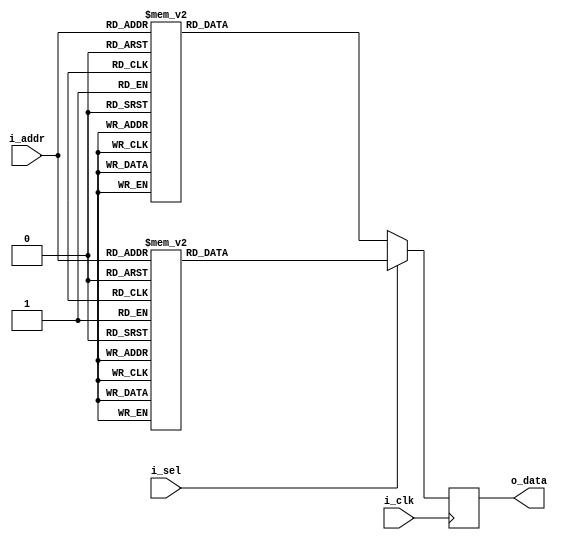
/*  
Copyright 2019 XCrypt Studio                
																	 
Licensed under the Apache License, Version 2.0 (the "License");         
you may not use this file except in compliance with the License.        
You may obtain a copy of the License at                                 
																	 
 http://www.apache.org/licenses/LICENSE-2.0                          
																	 
Unless required by applicable law or agreed to in writing, software    
distributed under the License is distributed on an "AS IS" BASIS,       
WITHOUT WARRANTIES OR CONDITIONS OF ANY KIND, either express or implied.
See the License for the specific language governing permissions and     
limitations under the License.                                          
*/  

// ------------------------------------------------------------------------------
// Function         :   CAST5 Cryptographic Algorithm Core SBox-1 & SBox-5
// ------------------------------------------------------------------------------
// Version            v-1.0
// ------------------------------------------------------------------------------

`timescale 1ns / 1ps

module cast5_sbox15(
	input 			i_clk,
	input 			i_sel, //1:SBox-1 0:SBox-5
    input   [7:0]   i_addr,
    output  [31:0]  o_data
    );
	
	localparam DLY = 1;
	
    reg [31:0] r_dout;
    assign o_data = r_dout;
	//
    always@(posedge i_clk) begin
		if(i_sel) begin //SBox-1
			case(i_addr)
				8'h00 : r_dout <= #DLY 32'h30fb40d4;
				8'h01 : r_dout <= #DLY 32'h9fa0ff0b;
				8'h02 : r_dout <= #DLY 32'h6beccd2f;
				8'h03 : r_dout <= #DLY 32'h3f258c7a;
				8'h04 : r_dout <= #DLY 32'h1e213f2f;
				8'h05 : r_dout <= #DLY 32'h9c004dd3;
				8'h06 : r_dout <= #DLY 32'h6003e540;
				8'h07 : r_dout <= #DLY 32'hcf9fc949;
				8'h08 : r_dout <= #DLY 32'hbfd4af27;
				8'h09 : r_dout <= #DLY 32'h88bbbdb5;
				8'h0a : r_dout <= #DLY 32'he2034090;
				8'h0b : r_dout <= #DLY 32'h98d09675;
				8'h0c : r_dout <= #DLY 32'h6e63a0e0;
				8'h0d : r_dout <= #DLY 32'h15c361d2;
				8'h0e : r_dout <= #DLY 32'hc2e7661d;
				8'h0f : r_dout <= #DLY 32'h22d4ff8e;
				8'h10 : r_dout <= #DLY 32'h28683b6f;
				8'h11 : r_dout <= #DLY 32'hc07fd059;
				8'h12 : r_dout <= #DLY 32'hff2379c8;
				8'h13 : r_dout <= #DLY 32'h775f50e2;
				8'h14 : r_dout <= #DLY 32'h43c340d3;
				8'h15 : r_dout <= #DLY 32'hdf2f8656;
				8'h16 : r_dout <= #DLY 32'h887ca41a;
				8'h17 : r_dout <= #DLY 32'ha2d2bd2d;
				8'h18 : r_dout <= #DLY 32'ha1c9e0d6;
				8'h19 : r_dout <= #DLY 32'h346c4819;
				8'h1a : r_dout <= #DLY 32'h61b76d87;
				8'h1b : r_dout <= #DLY 32'h22540f2f;
				8'h1c : r_dout <= #DLY 32'h2abe32e1;
				8'h1d : r_dout <= #DLY 32'haa54166b;
				8'h1e : r_dout <= #DLY 32'h22568e3a;
				8'h1f : r_dout <= #DLY 32'ha2d341d0;
				8'h20 : r_dout <= #DLY 32'h66db40c8;
				8'h21 : r_dout <= #DLY 32'ha784392f;
				8'h22 : r_dout <= #DLY 32'h004dff2f;
				8'h23 : r_dout <= #DLY 32'h2db9d2de;
				8'h24 : r_dout <= #DLY 32'h97943fac;
				8'h25 : r_dout <= #DLY 32'h4a97c1d8;
				8'h26 : r_dout <= #DLY 32'h527644b7;
				8'h27 : r_dout <= #DLY 32'hb5f437a7;
				8'h28 : r_dout <= #DLY 32'hb82cbaef;
				8'h29 : r_dout <= #DLY 32'hd751d159;
				8'h2a : r_dout <= #DLY 32'h6ff7f0ed;
				8'h2b : r_dout <= #DLY 32'h5a097a1f;
				8'h2c : r_dout <= #DLY 32'h827b68d0;
				8'h2d : r_dout <= #DLY 32'h90ecf52e;
				8'h2e : r_dout <= #DLY 32'h22b0c054;
				8'h2f : r_dout <= #DLY 32'hbc8e5935;
				8'h30 : r_dout <= #DLY 32'h4b6d2f7f;
				8'h31 : r_dout <= #DLY 32'h50bb64a2;
				8'h32 : r_dout <= #DLY 32'hd2664910;
				8'h33 : r_dout <= #DLY 32'hbee5812d;
				8'h34 : r_dout <= #DLY 32'hb7332290;
				8'h35 : r_dout <= #DLY 32'he93b159f;
				8'h36 : r_dout <= #DLY 32'hb48ee411;
				8'h37 : r_dout <= #DLY 32'h4bff345d;
				8'h38 : r_dout <= #DLY 32'hfd45c240;
				8'h39 : r_dout <= #DLY 32'had31973f;
				8'h3a : r_dout <= #DLY 32'hc4f6d02e;
				8'h3b : r_dout <= #DLY 32'h55fc8165;
				8'h3c : r_dout <= #DLY 32'hd5b1caad;
				8'h3d : r_dout <= #DLY 32'ha1ac2dae;
				8'h3e : r_dout <= #DLY 32'ha2d4b76d;
				8'h3f : r_dout <= #DLY 32'hc19b0c50;
				8'h40 : r_dout <= #DLY 32'h882240f2;
				8'h41 : r_dout <= #DLY 32'h0c6e4f38;
				8'h42 : r_dout <= #DLY 32'ha4e4bfd7;
				8'h43 : r_dout <= #DLY 32'h4f5ba272;
				8'h44 : r_dout <= #DLY 32'h564c1d2f;
				8'h45 : r_dout <= #DLY 32'hc59c5319;
				8'h46 : r_dout <= #DLY 32'hb949e354;
				8'h47 : r_dout <= #DLY 32'hb04669fe;
				8'h48 : r_dout <= #DLY 32'hb1b6ab8a;
				8'h49 : r_dout <= #DLY 32'hc71358dd;
				8'h4a : r_dout <= #DLY 32'h6385c545;
				8'h4b : r_dout <= #DLY 32'h110f935d;
				8'h4c : r_dout <= #DLY 32'h57538ad5;
				8'h4d : r_dout <= #DLY 32'h6a390493;
				8'h4e : r_dout <= #DLY 32'he63d37e0;
				8'h4f : r_dout <= #DLY 32'h2a54f6b3;
				8'h50 : r_dout <= #DLY 32'h3a787d5f;
				8'h51 : r_dout <= #DLY 32'h6276a0b5;
				8'h52 : r_dout <= #DLY 32'h19a6fcdf;
				8'h53 : r_dout <= #DLY 32'h7a42206a;
				8'h54 : r_dout <= #DLY 32'h29f9d4d5;
				8'h55 : r_dout <= #DLY 32'hf61b1891;
				8'h56 : r_dout <= #DLY 32'hbb72275e;
				8'h57 : r_dout <= #DLY 32'haa508167;
				8'h58 : r_dout <= #DLY 32'h38901091;
				8'h59 : r_dout <= #DLY 32'hc6b505eb;
				8'h5a : r_dout <= #DLY 32'h84c7cb8c;
				8'h5b : r_dout <= #DLY 32'h2ad75a0f;
				8'h5c : r_dout <= #DLY 32'h874a1427;
				8'h5d : r_dout <= #DLY 32'ha2d1936b;
				8'h5e : r_dout <= #DLY 32'h2ad286af;
				8'h5f : r_dout <= #DLY 32'haa56d291;
				8'h60 : r_dout <= #DLY 32'hd7894360;
				8'h61 : r_dout <= #DLY 32'h425c750d;
				8'h62 : r_dout <= #DLY 32'h93b39e26;
				8'h63 : r_dout <= #DLY 32'h187184c9;
				8'h64 : r_dout <= #DLY 32'h6c00b32d;
				8'h65 : r_dout <= #DLY 32'h73e2bb14;
				8'h66 : r_dout <= #DLY 32'ha0bebc3c;
				8'h67 : r_dout <= #DLY 32'h54623779;
				8'h68 : r_dout <= #DLY 32'h64459eab;
				8'h69 : r_dout <= #DLY 32'h3f328b82;
				8'h6a : r_dout <= #DLY 32'h7718cf82;
				8'h6b : r_dout <= #DLY 32'h59a2cea6;
				8'h6c : r_dout <= #DLY 32'h04ee002e;
				8'h6d : r_dout <= #DLY 32'h89fe78e6;
				8'h6e : r_dout <= #DLY 32'h3fab0950;
				8'h6f : r_dout <= #DLY 32'h325ff6c2;
				8'h70 : r_dout <= #DLY 32'h81383f05;
				8'h71 : r_dout <= #DLY 32'h6963c5c8;
				8'h72 : r_dout <= #DLY 32'h76cb5ad6;
				8'h73 : r_dout <= #DLY 32'hd49974c9;
				8'h74 : r_dout <= #DLY 32'hca180dcf;
				8'h75 : r_dout <= #DLY 32'h380782d5;
				8'h76 : r_dout <= #DLY 32'hc7fa5cf6;
				8'h77 : r_dout <= #DLY 32'h8ac31511;
				8'h78 : r_dout <= #DLY 32'h35e79e13;
				8'h79 : r_dout <= #DLY 32'h47da91d0;
				8'h7a : r_dout <= #DLY 32'hf40f9086;
				8'h7b : r_dout <= #DLY 32'ha7e2419e;
				8'h7c : r_dout <= #DLY 32'h31366241;
				8'h7d : r_dout <= #DLY 32'h51ef495;
				8'h7e : r_dout <= #DLY 32'haa573b04;
				8'h7f : r_dout <= #DLY 32'h4a805d8d;
				8'h80 : r_dout <= #DLY 32'h548300d0;
				8'h81 : r_dout <= #DLY 32'h00322a3c;
				8'h82 : r_dout <= #DLY 32'hbf64cddf;
				8'h83 : r_dout <= #DLY 32'hba57a68e;
				8'h84 : r_dout <= #DLY 32'h75c6372b;
				8'h85 : r_dout <= #DLY 32'h50afd341;
				8'h86 : r_dout <= #DLY 32'ha7c13275;
				8'h87 : r_dout <= #DLY 32'h915a0bf5;
				8'h88 : r_dout <= #DLY 32'h6b54bfab;
				8'h89 : r_dout <= #DLY 32'h2b0b1426;
				8'h8a : r_dout <= #DLY 32'hab4cc9d7;
				8'h8b : r_dout <= #DLY 32'h449ccd82;
				8'h8c : r_dout <= #DLY 32'hf7fbf265;
				8'h8d : r_dout <= #DLY 32'hab85c5f3;
				8'h8e : r_dout <= #DLY 32'h1b55db94;
				8'h8f : r_dout <= #DLY 32'haad4e324;
				8'h90 : r_dout <= #DLY 32'hcfa4bd3f;
				8'h91 : r_dout <= #DLY 32'h2deaa3e2;
				8'h92 : r_dout <= #DLY 32'h9e204d02;
				8'h93 : r_dout <= #DLY 32'hc8bd25ac;
				8'h94 : r_dout <= #DLY 32'headf55b3;
				8'h95 : r_dout <= #DLY 32'hd5bd9e98;
				8'h96 : r_dout <= #DLY 32'he31231b2;
				8'h97 : r_dout <= #DLY 32'h2ad5ad6c;
				8'h98 : r_dout <= #DLY 32'h954329de;
				8'h99 : r_dout <= #DLY 32'hadbe4528;
				8'h9a : r_dout <= #DLY 32'hd8710f69;
				8'h9b : r_dout <= #DLY 32'haa51c90f;
				8'h9c : r_dout <= #DLY 32'haa786bf6;
				8'h9d : r_dout <= #DLY 32'h22513f1e;
				8'h9e : r_dout <= #DLY 32'haa51a79b;
				8'h9f : r_dout <= #DLY 32'h2ad344cc;
				8'ha0 : r_dout <= #DLY 32'h7b5a41f0;
				8'ha1 : r_dout <= #DLY 32'hd37cfbad;
				8'ha2 : r_dout <= #DLY 32'h1b069505;
				8'ha3 : r_dout <= #DLY 32'h41ece491;
				8'ha4 : r_dout <= #DLY 32'hb4c332e6;
				8'ha5 : r_dout <= #DLY 32'h032268d4;
				8'ha6 : r_dout <= #DLY 32'hc9600acc;
				8'ha7 : r_dout <= #DLY 32'hce387e6d;
				8'ha8 : r_dout <= #DLY 32'hbf6bb16c;
				8'ha9 : r_dout <= #DLY 32'h6a70fb78;
				8'haa : r_dout <= #DLY 32'h0d03d9c9;
				8'hab : r_dout <= #DLY 32'hd4df39de;
				8'hac : r_dout <= #DLY 32'he01063da;
				8'had : r_dout <= #DLY 32'h4736f464;
				8'hae : r_dout <= #DLY 32'h5ad328d8;
				8'haf : r_dout <= #DLY 32'hb347cc96;
				8'hb0 : r_dout <= #DLY 32'h75bb0fc3;
				8'hb1 : r_dout <= #DLY 32'h98511bfb;
				8'hb2 : r_dout <= #DLY 32'h4ffbcc35;
				8'hb3 : r_dout <= #DLY 32'hb58bcf6a;
				8'hb4 : r_dout <= #DLY 32'he11f0abc;
				8'hb5 : r_dout <= #DLY 32'hbfc5fe4a;
				8'hb6 : r_dout <= #DLY 32'ha70aec10;
				8'hb7 : r_dout <= #DLY 32'hac39570a;
				8'hb8 : r_dout <= #DLY 32'h3f04442f;
				8'hb9 : r_dout <= #DLY 32'h6188b153;
				8'hba : r_dout <= #DLY 32'he0397a2e;
				8'hbb : r_dout <= #DLY 32'h5727cb79;
				8'hbc : r_dout <= #DLY 32'h9ceb418f;
				8'hbd : r_dout <= #DLY 32'h1cacd68d;
				8'hbe : r_dout <= #DLY 32'h2ad37c96;
				8'hbf : r_dout <= #DLY 32'h0175cb9d;
				8'hc0 : r_dout <= #DLY 32'hc69dff09;
				8'hc1 : r_dout <= #DLY 32'hc75b65f0;
				8'hc2 : r_dout <= #DLY 32'hd9db40d8;
				8'hc3 : r_dout <= #DLY 32'hec0e7779;
				8'hc4 : r_dout <= #DLY 32'h4744ead4;
				8'hc5 : r_dout <= #DLY 32'hb11c3274;
				8'hc6 : r_dout <= #DLY 32'hdd24cb9e;
				8'hc7 : r_dout <= #DLY 32'h7e1c54bd;
				8'hc8 : r_dout <= #DLY 32'hf01144f9;
				8'hc9 : r_dout <= #DLY 32'hd2240eb1;
				8'hca : r_dout <= #DLY 32'h9675b3fd;
				8'hcb : r_dout <= #DLY 32'ha3ac3755;
				8'hcc : r_dout <= #DLY 32'hd47c27af;
				8'hcd : r_dout <= #DLY 32'h51c85f4d;
				8'hce : r_dout <= #DLY 32'h56907596;
				8'hcf : r_dout <= #DLY 32'ha5bb15e6;
				8'hd0 : r_dout <= #DLY 32'h580304f0;
				8'hd1 : r_dout <= #DLY 32'hca042cf1;
				8'hd2 : r_dout <= #DLY 32'h011a37ea;
				8'hd3 : r_dout <= #DLY 32'h8dbfaadb;
				8'hd4 : r_dout <= #DLY 32'h35ba3e4a;
				8'hd5 : r_dout <= #DLY 32'h3526ffa0;
				8'hd6 : r_dout <= #DLY 32'hc37b4d09;
				8'hd7 : r_dout <= #DLY 32'hbc306ed9;
				8'hd8 : r_dout <= #DLY 32'h98a52666;
				8'hd9 : r_dout <= #DLY 32'h5648f725;
				8'hda : r_dout <= #DLY 32'hff5e569d;
				8'hdb : r_dout <= #DLY 32'h0ced63d0;
				8'hdc : r_dout <= #DLY 32'h7c63b2cf;
				8'hdd : r_dout <= #DLY 32'h700b45e1;
				8'hde : r_dout <= #DLY 32'hd5ea50f1;
				8'hdf : r_dout <= #DLY 32'h85a92872;
				8'he0 : r_dout <= #DLY 32'haf1fbda7;
				8'he1 : r_dout <= #DLY 32'hd4234870;
				8'he2 : r_dout <= #DLY 32'ha7870bf3;
				8'he3 : r_dout <= #DLY 32'h2d3b4d79;
				8'he4 : r_dout <= #DLY 32'h42e04198;
				8'he5 : r_dout <= #DLY 32'h0cd0ede7;
				8'he6 : r_dout <= #DLY 32'h26470db8;
				8'he7 : r_dout <= #DLY 32'hf881814c;
				8'he8 : r_dout <= #DLY 32'h474d6ad7;
				8'he9 : r_dout <= #DLY 32'h7c0c5e5c;
				8'hea : r_dout <= #DLY 32'hd1231959;
				8'heb : r_dout <= #DLY 32'h381b7298;
				8'hec : r_dout <= #DLY 32'hf5d2f4db;
				8'hed : r_dout <= #DLY 32'hab838653;
				8'hee : r_dout <= #DLY 32'h6e2f1e23;
				8'hef : r_dout <= #DLY 32'h83719c9e;
				8'hf0 : r_dout <= #DLY 32'hbd91e046;
				8'hf1 : r_dout <= #DLY 32'h9a56456e;
				8'hf2 : r_dout <= #DLY 32'hdc39200c;
				8'hf3 : r_dout <= #DLY 32'h20c8c571;
				8'hf4 : r_dout <= #DLY 32'h962bda1c;
				8'hf5 : r_dout <= #DLY 32'he1e696ff;
				8'hf6 : r_dout <= #DLY 32'hb141ab08;
				8'hf7 : r_dout <= #DLY 32'h7cca89b9;
				8'hf8 : r_dout <= #DLY 32'h1a69e783;
				8'hf9 : r_dout <= #DLY 32'h02cc4843;
				8'hfa : r_dout <= #DLY 32'ha2f7c579;
				8'hfb : r_dout <= #DLY 32'h429ef47d;
				8'hfc : r_dout <= #DLY 32'h427b169c;
				8'hfd : r_dout <= #DLY 32'h5ac9f049;
				8'hfe : r_dout <= #DLY 32'hdd8f0f00;
				8'hff : r_dout <= #DLY 32'h5c8165bf;
			endcase
		end else begin  //SBox-5
			case(i_addr)
				8'h00 : r_dout <= #DLY 32'h7ec90c04;
				8'h01 : r_dout <= #DLY 32'h2c6e74b9;
				8'h02 : r_dout <= #DLY 32'h9b0e66df;
				8'h03 : r_dout <= #DLY 32'ha6337911;
				8'h04 : r_dout <= #DLY 32'hb86a7fff;
				8'h05 : r_dout <= #DLY 32'h1dd358f5;
				8'h06 : r_dout <= #DLY 32'h44dd9d44;
				8'h07 : r_dout <= #DLY 32'h1731167f;
				8'h08 : r_dout <= #DLY 32'h08fbf1fa;
				8'h09 : r_dout <= #DLY 32'he7f511cc;
				8'h0a : r_dout <= #DLY 32'hd2051b00;
				8'h0b : r_dout <= #DLY 32'h735aba00;
				8'h0c : r_dout <= #DLY 32'h2ab722d8;
				8'h0d : r_dout <= #DLY 32'h386381cb;
				8'h0e : r_dout <= #DLY 32'hacf6243a;
				8'h0f : r_dout <= #DLY 32'h69befd7a;
				8'h10 : r_dout <= #DLY 32'he6a2e77f;
				8'h11 : r_dout <= #DLY 32'hf0c720cd;
				8'h12 : r_dout <= #DLY 32'hc4494816;
				8'h13 : r_dout <= #DLY 32'hccf5c180;
				8'h14 : r_dout <= #DLY 32'h38851640;
				8'h15 : r_dout <= #DLY 32'h15b0a848;
				8'h16 : r_dout <= #DLY 32'he68b18cb;
				8'h17 : r_dout <= #DLY 32'h4caadeff;
				8'h18 : r_dout <= #DLY 32'h5f480a01;
				8'h19 : r_dout <= #DLY 32'h0412b2aa;
				8'h1a : r_dout <= #DLY 32'h259814fc;
				8'h1b : r_dout <= #DLY 32'h41d0efe2;
				8'h1c : r_dout <= #DLY 32'h4e40b48d;
				8'h1d : r_dout <= #DLY 32'h248eb6fb;
				8'h1e : r_dout <= #DLY 32'h8dba1cfe;
				8'h1f : r_dout <= #DLY 32'h41a99b02;
				8'h20 : r_dout <= #DLY 32'h1a550a04;
				8'h21 : r_dout <= #DLY 32'hba8f65cb;
				8'h22 : r_dout <= #DLY 32'h7251f4e7;
				8'h23 : r_dout <= #DLY 32'h95a51725;
				8'h24 : r_dout <= #DLY 32'hc106ecd7;
				8'h25 : r_dout <= #DLY 32'h97a5980a;
				8'h26 : r_dout <= #DLY 32'hc539b9aa;
				8'h27 : r_dout <= #DLY 32'h4d79fe6a;
				8'h28 : r_dout <= #DLY 32'hf2f3f763;
				8'h29 : r_dout <= #DLY 32'h68af8040;
				8'h2a : r_dout <= #DLY 32'hed0c9e56;
				8'h2b : r_dout <= #DLY 32'h11b4958b;
				8'h2c : r_dout <= #DLY 32'he1eb5a88;
				8'h2d : r_dout <= #DLY 32'h8709e6b0;
				8'h2e : r_dout <= #DLY 32'hd7e07156;
				8'h2f : r_dout <= #DLY 32'h4e29fea7;
				8'h30 : r_dout <= #DLY 32'h6366e52d;
				8'h31 : r_dout <= #DLY 32'h02d1c000;
				8'h32 : r_dout <= #DLY 32'hc4ac8e05;
				8'h33 : r_dout <= #DLY 32'h9377f571;
				8'h34 : r_dout <= #DLY 32'h0c05372a;
				8'h35 : r_dout <= #DLY 32'h578535f2;
				8'h36 : r_dout <= #DLY 32'h2261be02;
				8'h37 : r_dout <= #DLY 32'hd642a0c9;
				8'h38 : r_dout <= #DLY 32'hdf13a280;
				8'h39 : r_dout <= #DLY 32'h74b55bd2;
				8'h3a : r_dout <= #DLY 32'h682199c0;
				8'h3b : r_dout <= #DLY 32'hd421e5ec;
				8'h3c : r_dout <= #DLY 32'h53fb3ce8;
				8'h3d : r_dout <= #DLY 32'hc8adedb3;
				8'h3e : r_dout <= #DLY 32'h28a87fc9;
				8'h3f : r_dout <= #DLY 32'h3d959981;
				8'h40 : r_dout <= #DLY 32'h5c1ff900;
				8'h41 : r_dout <= #DLY 32'hfe38d399;
				8'h42 : r_dout <= #DLY 32'h0c4eff0b;
				8'h43 : r_dout <= #DLY 32'h062407ea;
				8'h44 : r_dout <= #DLY 32'haa2f4fb1;
				8'h45 : r_dout <= #DLY 32'h4fb96976;
				8'h46 : r_dout <= #DLY 32'h90c79505;
				8'h47 : r_dout <= #DLY 32'hb0a8a774;
				8'h48 : r_dout <= #DLY 32'hef55a1ff;
				8'h49 : r_dout <= #DLY 32'he59ca2c2;
				8'h4a : r_dout <= #DLY 32'ha6b62d27;
				8'h4b : r_dout <= #DLY 32'he66a4263;
				8'h4c : r_dout <= #DLY 32'hdf65001f;
				8'h4d : r_dout <= #DLY 32'h0ec50966;
				8'h4e : r_dout <= #DLY 32'hdfdd55bc;
				8'h4f : r_dout <= #DLY 32'h29de0655;
				8'h50 : r_dout <= #DLY 32'h911e739a;
				8'h51 : r_dout <= #DLY 32'h17af8975;
				8'h52 : r_dout <= #DLY 32'h32c7911c;
				8'h53 : r_dout <= #DLY 32'h89f89468;
				8'h54 : r_dout <= #DLY 32'h0d01e980;
				8'h55 : r_dout <= #DLY 32'h524755f4;
				8'h56 : r_dout <= #DLY 32'h03b63cc9;
				8'h57 : r_dout <= #DLY 32'h0cc844b2;
				8'h58 : r_dout <= #DLY 32'hbcf3f0aa;
				8'h59 : r_dout <= #DLY 32'h87ac36e9;
				8'h5a : r_dout <= #DLY 32'he53a7426;
				8'h5b : r_dout <= #DLY 32'h01b3d82b;
				8'h5c : r_dout <= #DLY 32'h1a9e7449;
				8'h5d : r_dout <= #DLY 32'h64ee2d7e;
				8'h5e : r_dout <= #DLY 32'hcddbb1da;
				8'h5f : r_dout <= #DLY 32'h01c94910;
				8'h60 : r_dout <= #DLY 32'hb868bf80;
				8'h61 : r_dout <= #DLY 32'h0d26f3fd;
				8'h62 : r_dout <= #DLY 32'h9342ede7;
				8'h63 : r_dout <= #DLY 32'h04a5c284;
				8'h64 : r_dout <= #DLY 32'h636737b6;
				8'h65 : r_dout <= #DLY 32'h50f5b616;
				8'h66 : r_dout <= #DLY 32'hf24766e3;
				8'h67 : r_dout <= #DLY 32'h8eca36c1;
				8'h68 : r_dout <= #DLY 32'h136e05db;
				8'h69 : r_dout <= #DLY 32'hfef18391;
				8'h6a : r_dout <= #DLY 32'hfb887a37;
				8'h6b : r_dout <= #DLY 32'hd6e7f7d4;
				8'h6c : r_dout <= #DLY 32'hc7fb7dc9;
				8'h6d : r_dout <= #DLY 32'h3063fcdf;
				8'h6e : r_dout <= #DLY 32'hb6f589de;
				8'h6f : r_dout <= #DLY 32'hec2941da;
				8'h70 : r_dout <= #DLY 32'h26e46695;
				8'h71 : r_dout <= #DLY 32'hb7566419;
				8'h72 : r_dout <= #DLY 32'hf654efc5;
				8'h73 : r_dout <= #DLY 32'hd08d58b7;
				8'h74 : r_dout <= #DLY 32'h48925401;
				8'h75 : r_dout <= #DLY 32'hc1bacb7f;
				8'h76 : r_dout <= #DLY 32'he5ff550f;
				8'h77 : r_dout <= #DLY 32'hb6083049;
				8'h78 : r_dout <= #DLY 32'h5bb5d0e8;
				8'h79 : r_dout <= #DLY 32'h87d72e5a;
				8'h7a : r_dout <= #DLY 32'hab6a6ee1;
				8'h7b : r_dout <= #DLY 32'h223a66ce;
				8'h7c : r_dout <= #DLY 32'hc62bf3cd;
				8'h7d : r_dout <= #DLY 32'h9e0885f9;
				8'h7e : r_dout <= #DLY 32'h68cb3e47;
				8'h7f : r_dout <= #DLY 32'h086c010f;
				8'h80 : r_dout <= #DLY 32'ha21de820;
				8'h81 : r_dout <= #DLY 32'hd18b69de;
				8'h82 : r_dout <= #DLY 32'hf3f65777;
				8'h83 : r_dout <= #DLY 32'hfa02c3f6;
				8'h84 : r_dout <= #DLY 32'h407edac3;
				8'h85 : r_dout <= #DLY 32'hcbb3d550;
				8'h86 : r_dout <= #DLY 32'h1793084d;
				8'h87 : r_dout <= #DLY 32'hb0d70eba;
				8'h88 : r_dout <= #DLY 32'h0ab378d5;
				8'h89 : r_dout <= #DLY 32'hd951fb0c;
				8'h8a : r_dout <= #DLY 32'hded7da56;
				8'h8b : r_dout <= #DLY 32'h4124bbe4;
				8'h8c : r_dout <= #DLY 32'h94ca0b56;
				8'h8d : r_dout <= #DLY 32'h0f5755d1;
				8'h8e : r_dout <= #DLY 32'he0e1e56e;
				8'h8f : r_dout <= #DLY 32'h6184b5be;
				8'h90 : r_dout <= #DLY 32'h580a249f;
				8'h91 : r_dout <= #DLY 32'h94f74bc0;
				8'h92 : r_dout <= #DLY 32'he327888e;
				8'h93 : r_dout <= #DLY 32'h9f7b5561;
				8'h94 : r_dout <= #DLY 32'hc3dc0280;
				8'h95 : r_dout <= #DLY 32'h05687715;
				8'h96 : r_dout <= #DLY 32'h646c6bd7;
				8'h97 : r_dout <= #DLY 32'h44904db3;
				8'h98 : r_dout <= #DLY 32'h66b4f0a3;
				8'h99 : r_dout <= #DLY 32'hc0f1648a;
				8'h9a : r_dout <= #DLY 32'h697ed5af;
				8'h9b : r_dout <= #DLY 32'h49e92ff6;
				8'h9c : r_dout <= #DLY 32'h309e374f;
				8'h9d : r_dout <= #DLY 32'h2cb6356a;
				8'h9e : r_dout <= #DLY 32'h85808573;
				8'h9f : r_dout <= #DLY 32'h4991f840;
				8'ha0 : r_dout <= #DLY 32'h76f0ae02;
				8'ha1 : r_dout <= #DLY 32'h083be84d;
				8'ha2 : r_dout <= #DLY 32'h28421c9a;
				8'ha3 : r_dout <= #DLY 32'h44489406;
				8'ha4 : r_dout <= #DLY 32'h736e4cb8;
				8'ha5 : r_dout <= #DLY 32'hc1092910;
				8'ha6 : r_dout <= #DLY 32'h8bc95fc6;
				8'ha7 : r_dout <= #DLY 32'h7d869cf4;
				8'ha8 : r_dout <= #DLY 32'h134f616f;
				8'ha9 : r_dout <= #DLY 32'h2e77118d;
				8'haa : r_dout <= #DLY 32'hb31b2be1;
				8'hab : r_dout <= #DLY 32'haa90b472;
				8'hac : r_dout <= #DLY 32'h3ca5d717;
				8'had : r_dout <= #DLY 32'h7d161bba;
				8'hae : r_dout <= #DLY 32'h9cad9010;
				8'haf : r_dout <= #DLY 32'haf462ba2;
				8'hb0 : r_dout <= #DLY 32'h9fe459d2;
				8'hb1 : r_dout <= #DLY 32'h45d34559;
				8'hb2 : r_dout <= #DLY 32'hd9f2da13;
				8'hb3 : r_dout <= #DLY 32'hdbc65487;
				8'hb4 : r_dout <= #DLY 32'hf3e4f94e;
				8'hb5 : r_dout <= #DLY 32'h176d486f;
				8'hb6 : r_dout <= #DLY 32'h097c13ea;
				8'hb7 : r_dout <= #DLY 32'h631da5c7;
				8'hb8 : r_dout <= #DLY 32'h445f7382;
				8'hb9 : r_dout <= #DLY 32'h175683f4;
				8'hba : r_dout <= #DLY 32'hcdc66a97;
				8'hbb : r_dout <= #DLY 32'h70be0288;
				8'hbc : r_dout <= #DLY 32'hb3cdcf72;
				8'hbd : r_dout <= #DLY 32'h6e5dd2f3;
				8'hbe : r_dout <= #DLY 32'h20936079;
				8'hbf : r_dout <= #DLY 32'h459b80a5;
				8'hc0 : r_dout <= #DLY 32'hbe60e2db;
				8'hc1 : r_dout <= #DLY 32'ha9c23101;
				8'hc2 : r_dout <= #DLY 32'heba5315c;
				8'hc3 : r_dout <= #DLY 32'h224e42f2;
				8'hc4 : r_dout <= #DLY 32'h1c5c1572;
				8'hc5 : r_dout <= #DLY 32'hf6721b2c;
				8'hc6 : r_dout <= #DLY 32'h1ad2fff3;
				8'hc7 : r_dout <= #DLY 32'h8c25404e;
				8'hc8 : r_dout <= #DLY 32'h324ed72f;
				8'hc9 : r_dout <= #DLY 32'h4067b7fd;
				8'hca : r_dout <= #DLY 32'h0523138e;
				8'hcb : r_dout <= #DLY 32'h5ca3bc78;
				8'hcc : r_dout <= #DLY 32'hdc0fd66e;
				8'hcd : r_dout <= #DLY 32'h75922283;
				8'hce : r_dout <= #DLY 32'h784d6b17;
				8'hcf : r_dout <= #DLY 32'h58ebb16e;
				8'hd0 : r_dout <= #DLY 32'h44094f85;
				8'hd1 : r_dout <= #DLY 32'h3f481d87;
				8'hd2 : r_dout <= #DLY 32'hfcfeae7b;
				8'hd3 : r_dout <= #DLY 32'h77b5ff76;
				8'hd4 : r_dout <= #DLY 32'h8c2302bf;
				8'hd5 : r_dout <= #DLY 32'haaf47556;
				8'hd6 : r_dout <= #DLY 32'h5f46b02a;
				8'hd7 : r_dout <= #DLY 32'h2b092801;
				8'hd8 : r_dout <= #DLY 32'h3d38f5f7;
				8'hd9 : r_dout <= #DLY 32'h0ca81f36;
				8'hda : r_dout <= #DLY 32'h52af4a8a;
				8'hdb : r_dout <= #DLY 32'h66d5e7c0;
				8'hdc : r_dout <= #DLY 32'hdf3b0874;
				8'hdd : r_dout <= #DLY 32'h95055110;
				8'hde : r_dout <= #DLY 32'h1b5ad7a8;
				8'hdf : r_dout <= #DLY 32'hf61ed5ad;
				8'he0 : r_dout <= #DLY 32'h6cf6e479;
				8'he1 : r_dout <= #DLY 32'h20758184;
				8'he2 : r_dout <= #DLY 32'hd0cefa65;
				8'he3 : r_dout <= #DLY 32'h88f7be58;
				8'he4 : r_dout <= #DLY 32'h4a046826;
				8'he5 : r_dout <= #DLY 32'h0ff6f8f3;
				8'he6 : r_dout <= #DLY 32'ha09c7f70;
				8'he7 : r_dout <= #DLY 32'h5346aba0;
				8'he8 : r_dout <= #DLY 32'h5ce96c28;
				8'he9 : r_dout <= #DLY 32'he176eda3;
				8'hea : r_dout <= #DLY 32'h6bac307f;
				8'heb : r_dout <= #DLY 32'h376829d2;
				8'hec : r_dout <= #DLY 32'h85360fa9;
				8'hed : r_dout <= #DLY 32'h17e3fe2a;
				8'hee : r_dout <= #DLY 32'h24b79767;
				8'hef : r_dout <= #DLY 32'hf5a96b20;
				8'hf0 : r_dout <= #DLY 32'hd6cd2595;
				8'hf1 : r_dout <= #DLY 32'h68ff1ebf;
				8'hf2 : r_dout <= #DLY 32'h7555442c;
				8'hf3 : r_dout <= #DLY 32'hf19f06be;
				8'hf4 : r_dout <= #DLY 32'hf9e0659a;
				8'hf5 : r_dout <= #DLY 32'heeb9491d;
				8'hf6 : r_dout <= #DLY 32'h34010718;
				8'hf7 : r_dout <= #DLY 32'hbb30cab8;
				8'hf8 : r_dout <= #DLY 32'he822fe15;
				8'hf9 : r_dout <= #DLY 32'h88570983;
				8'hfa : r_dout <= #DLY 32'h750e6249;
				8'hfb : r_dout <= #DLY 32'hda627e55;
				8'hfc : r_dout <= #DLY 32'h5e76ffa8;
				8'hfd : r_dout <= #DLY 32'hb1534546;
				8'hfe : r_dout <= #DLY 32'h6d47de08;
				8'hff : r_dout <= #DLY 32'hefe9e7d4;
			endcase
		end 
    end

endmodule